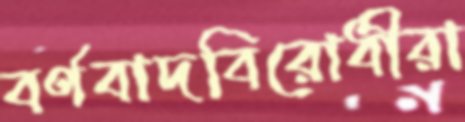
বর্ণবাদবিরোধীরা